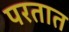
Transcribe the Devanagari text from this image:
परतात